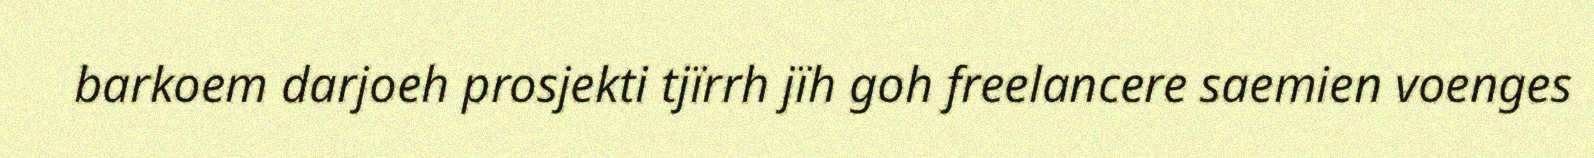
barkoem darjoeh prosjekti tjïrrh jïh goh freelancere saemien voenges